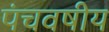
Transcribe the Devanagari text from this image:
पंचवषीय